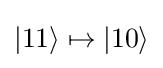
|11\rangle \mapsto |10\rangle